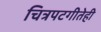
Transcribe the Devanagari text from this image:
चित्रपटगीतेही